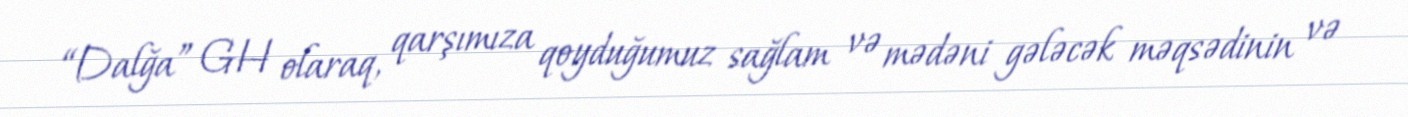
“Dalğa” GH olaraq, qarşımıza qoyduğumuz sağlam və mədəni gələcək məqsədinin və